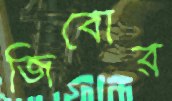
জিবোর